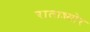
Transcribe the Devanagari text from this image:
रातान्ज्योर